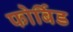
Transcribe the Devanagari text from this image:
फोर्बिड